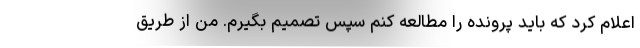
اعلام كرد كه بايد پرونده را مطالعه كنم سپس تصميم بگيرم. من از طريق